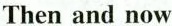
Then and now